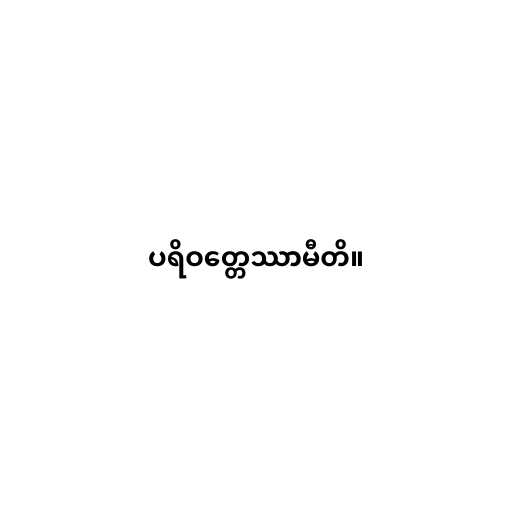
ပရိဝတ္တေဿာမီတိ။